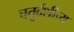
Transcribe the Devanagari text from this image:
चतुर्दशीच्य